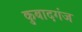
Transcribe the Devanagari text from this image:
कुबादगंज